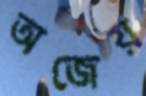
অজেয়